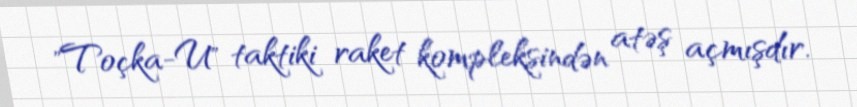
"Toçka-U" taktiki raket kompleksindən atəş açmışdır.